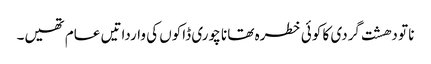
نا تو دھشت گردی کا کوئی خطرہ تھا نا چوری ڈاکوں کی وارداتیں عام تھیں۔